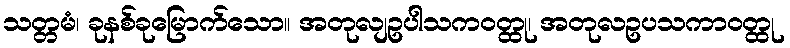
သတ္တမံ၊ ခုနစ်ခုမြောက်သော။ အတုလျဥပါသကဝတ္ထု၊ အတုလဥပသကာဝတ္ထု